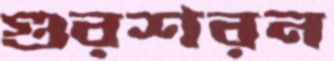
গুরশরন